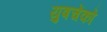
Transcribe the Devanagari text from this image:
युषचेंको